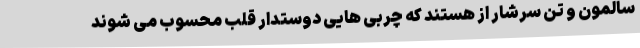
سالمون و تن سرشار از هستند که چربی هایی دوستدار قلب محسوب می شوند